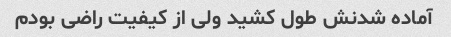
آماده شدنش طول کشید ولی از کیفیت راضی بودم